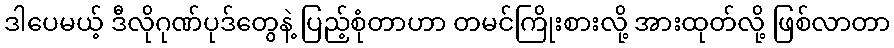
ဒါပေမယ့် ဒီလိုဂုဏ်ပုဒ်တွေနဲ့ ပြည့်စုံတာဟာ တမင်ကြိုးစားလို့ အားထုတ်လို့ ဖြစ်လာတာ